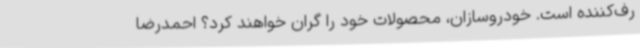
رف‌کننده است. خودروسازان، محصولات خود را گران خواهند کرد؟ احمدرضا